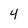
Character: 4